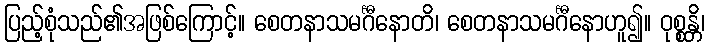
ပြည့်စုံသည်၏အဖြစ်ကြောင့်။ စေတနာသမင်္ဂီနောတိ၊ စေတနာသမင်္ဂီနောဟူ၍။ ဝုစ္စန္တိ၊